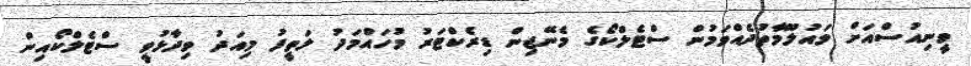
ވީނިއުސްއަށް މައުލޫމާތުދެއްވަމުން ސްޓެލްކޯގެ މެނޭޖިން ޑިރެކްޓަރު މުހައްމަދު ލަތީފު މިއަދު ވިދާޅުވީ ސްޓެލްކޯއިން